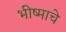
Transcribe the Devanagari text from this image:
भीष्माचे